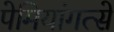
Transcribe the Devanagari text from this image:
पेमियांगत्से